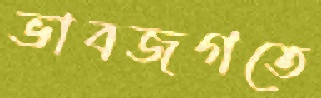
ভাবজগতে